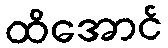
ထိအောင်